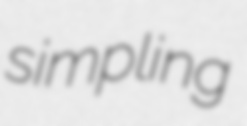
simpling